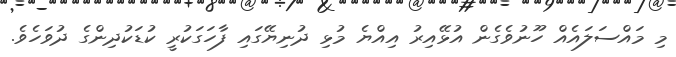
މި މައްސަލައެއް ހޫނުވެގެން އުޅޭއިރު އިއްޔެ މުޅި ދުނިޔޭގައި ފާހަގަކުރީ ކުޑަކުދިންގެ ދުވަހެވެ.